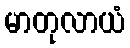
မာတုလာယံ